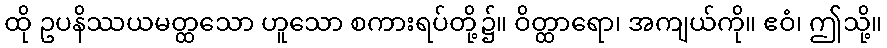
ထို ဥပနိဿယမတ္ထသော ဟူသော စကားရပ်တို့၌။ ဝိတ္ထာရော၊ အကျယ်ကို။ ဧဝံ၊ ဤသို့။